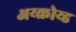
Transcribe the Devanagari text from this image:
अय्क्रोय्ड